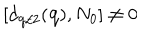
[ d _ { { \bf { q } } / 2 } ( { \bf { q } } ) , N _ { 0 } ] \neq 0